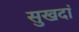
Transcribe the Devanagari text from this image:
सुखदां